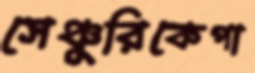
সেঞ্চুরিকেপা